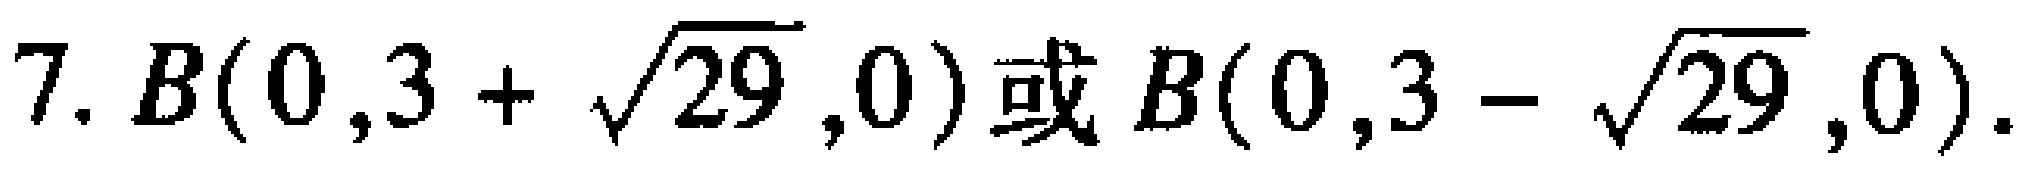
7. \(B(0,3 + \sqrt{29},0)\)或\(B(0,3 - \sqrt{29},0)\).